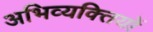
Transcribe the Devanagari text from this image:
अभिव्यक्‍तियों